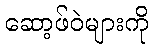
ဆော့ဖ်ဝဲများကို